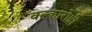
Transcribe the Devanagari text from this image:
वल्कारोही